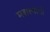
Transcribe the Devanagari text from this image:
मद्यत्यागी